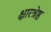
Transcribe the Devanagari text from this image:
क्षारश्रेष्ठ